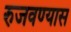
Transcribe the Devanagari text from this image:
रुजवण्यास